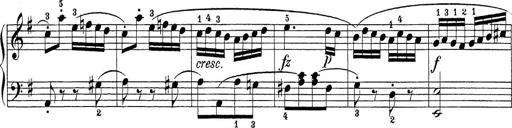
Title: Sonatina Album
Composer: Louis KÃ¶hler